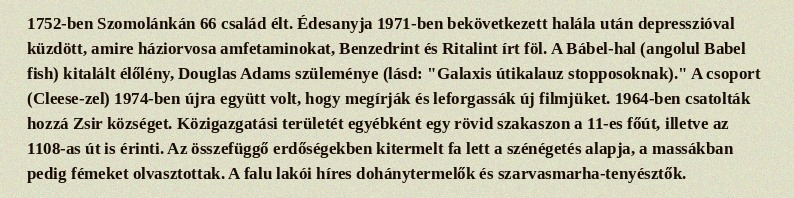
1752-ben Szomolánkán 66 család élt. Édesanyja 1971-ben bekövetkezett halála után depresszióval küzdött, amire háziorvosa amfetaminokat, Benzedrint és Ritalint írt föl. A Bábel-hal (angolul Babel fish) kitalált élőlény, Douglas Adams szüleménye (lásd: "Galaxis útikalauz stopposoknak)." A csoport (Cleese-zel) 1974-ben újra együtt volt, hogy megírják és leforgassák új filmjüket. 1964-ben csatolták hozzá Zsir községet. Közigazgatási területét egyébként egy rövid szakaszon a 11-es főút, illetve az 1108-as út is érinti. Az összefüggő erdőségekben kitermelt fa lett a szénégetés alapja, a massákban pedig fémeket olvasztottak. A falu lakói híres dohánytermelők és szarvasmarha-tenyésztők.